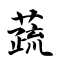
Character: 蔬